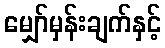
မျှော်မှန်းချက်နှင့်